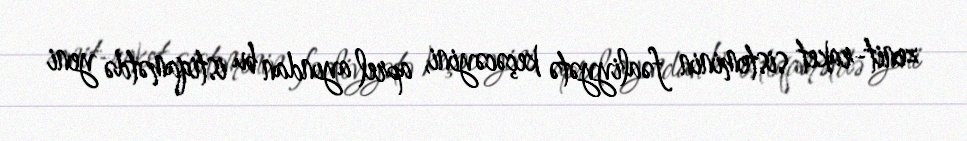
zenit-raket sisteminin fəaliyyətə keçəcəyini, aprel ayından bu istiqamətdə yeni